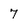
Character: 7